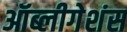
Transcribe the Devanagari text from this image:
ऑब्लीगेशंस